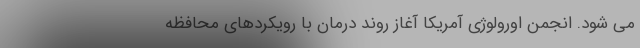
می شود. انجمن اورولوژی آمریکا آغاز روند درمان با رویکردهای محافظه